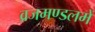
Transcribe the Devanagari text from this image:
व्रजमण्डलमें